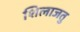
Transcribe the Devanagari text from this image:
शिलाजतु